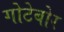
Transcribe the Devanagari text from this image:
गोटेबोर